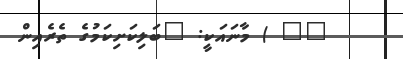
٥٤ ) މާނައަކީ: "ބަލިކަށިކަމުގެ ތެރެއިން